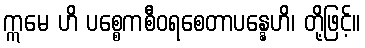
ဣမေ ဟိ ပစ္စေကစီဝရစေတာပန္နေဟိ၊ တို့ဖြင့်။